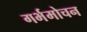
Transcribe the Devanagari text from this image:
गर्भमोचन